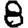
Digit: 8